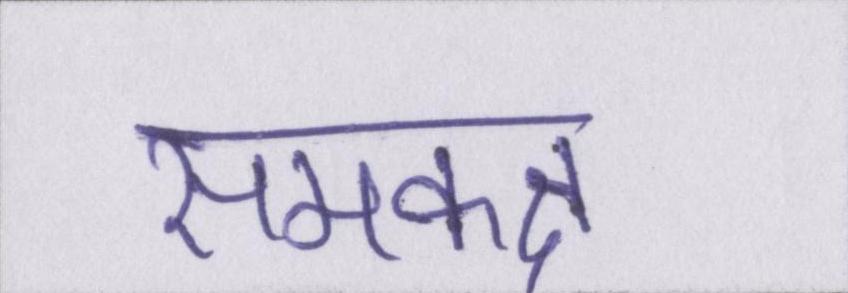
समकक्ष